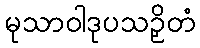
မုသာဝါဒုပသဉှိတံ